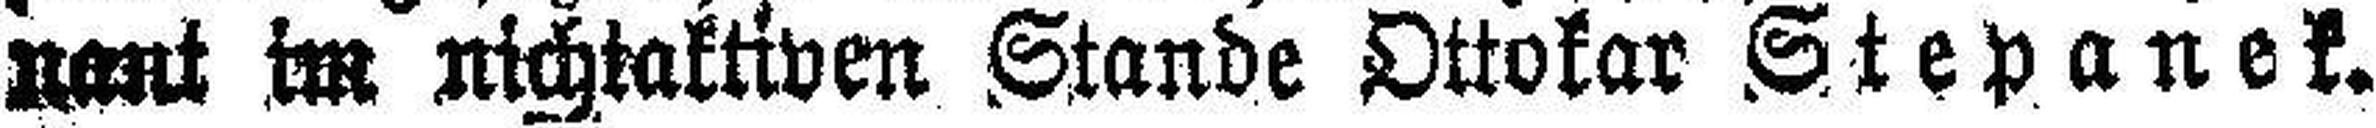
nant im nichtaktiven Stande Ottokar Stepanek.